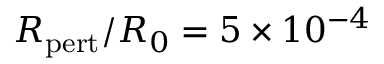
R _ { \mathrm { p e r t } } / R _ { 0 } = 5 \times 1 0 ^ { - 4 }